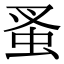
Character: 蚤